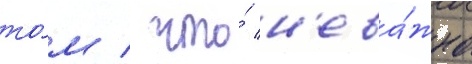
то́м / что́ н'ева́жно